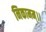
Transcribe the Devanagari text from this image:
निकामम्।।